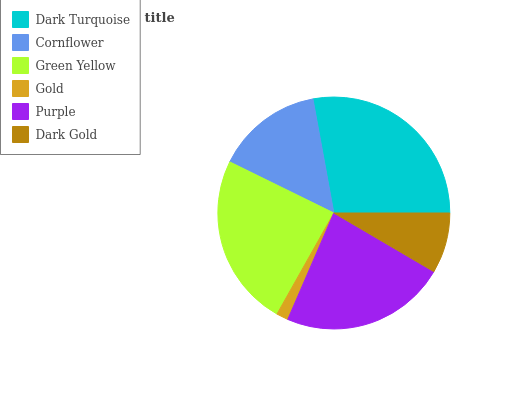
| Dark Turquoise | Cornflower | Green Yellow | Gold | Purple | Dark Gold |
 | --- | --- | --- | --- | --- | --- |
 | 27.9% | 14.9% | 24.1% | 1.66% | 23.1% | 8.44% |